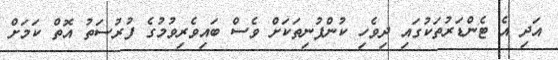
އަދި އެ ޓެންޑަރުތަކުގައި ދިވެހި ކުންފުނިތަކަށް ވެސް ބައިވެރިވުމުގެ ފުރުސަތު އޮތް ކަމަށް